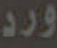
ورد